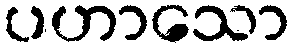
ပဟာသော